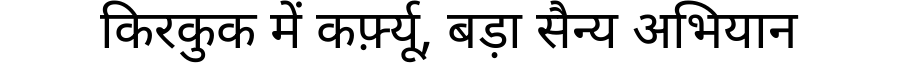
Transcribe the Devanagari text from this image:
किरकुक में कर्फ़्यू, बड़ा सैन्य अभियान